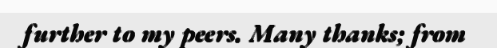
further to my peers. Many thanks; from